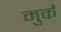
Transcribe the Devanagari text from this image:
मुर्क